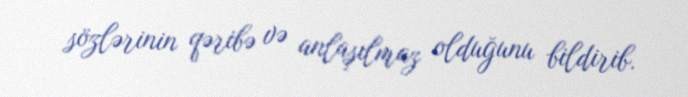
sözlərinin qəribə və anlaşılmaz olduğunu bildirib.